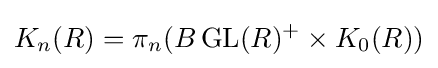
K_{n}(R)=\pi _{n}(B\operatorname {GL} (R)^{+}\times K_{0}(R))